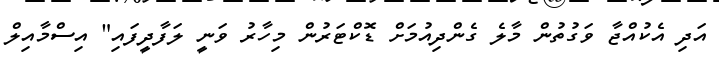
އަދި އެކުއްޖާ ވަގުތުން މާލެ ގެންދިއުމަށް ޑޮކްޓަރުން މިހާރު ވަނީ ލަފާދީފައި" އިސްމާއިލް